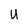
Character: U